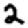
Digit: 2